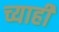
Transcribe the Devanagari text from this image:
च्याही